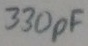
Text: 330pF